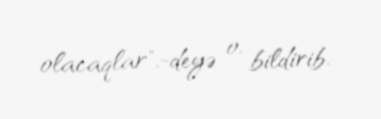
olacaqlar",-deyə o, bildirib.